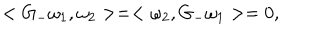
LaTeX: < G _ { - } \omega _ { 1 } , \omega _ { 2 } > = < \omega _ { 2 } , G _ { - } \omega _ { 1 } > = 0 ,